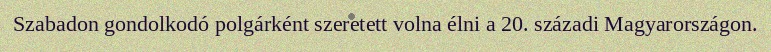
Szabadon gondolkodó polgárként szeretett volna élni a 20. századi Magyarországon.